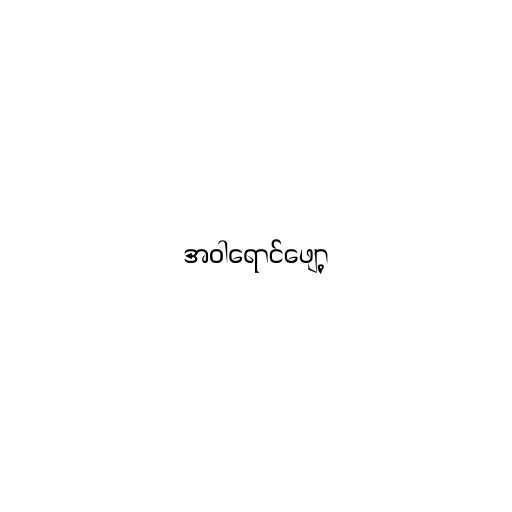
အဝါရောင်ဖျော့